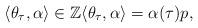
LaTeX: \begin{align*}\langle \theta_\tau,\alpha \rangle \in\mathbb{Z} \langle \theta_\tau,\alpha \rangle=\alpha(\tau) p,\end{align*}